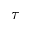
\tau